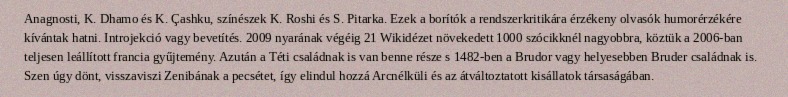
Anagnosti, K. Dhamo és K. Çashku, színészek K. Roshi és S. Pitarka. Ezek a borítók a rendszerkritikára érzékeny olvasók humorérzékére kívántak hatni. Introjekció vagy bevetítés. 2009 nyarának végéig 21 Wikidézet növekedett 1000 szócikknél nagyobbra, köztük a 2006-ban teljesen leállított francia gyűjtemény. Azután a Téti családnak is van benne része s 1482-ben a Brudor vagy helyesebben Bruder családnak is. Szen úgy dönt, visszaviszi Zenibának a pecsétet, így elindul hozzá Arcnélküli és az átváltoztatott kisállatok társaságában.